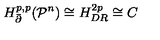
{ H _ { \bar { \partial } } ^ { p , p } } ( { { \mathcal P } ^ { n } } ) \cong { H _ { D R } ^ { 2 p } } \cong C